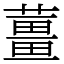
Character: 薑